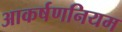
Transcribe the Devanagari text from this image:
आकर्षणनियम